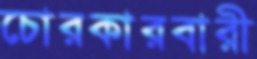
চোরকারবারী